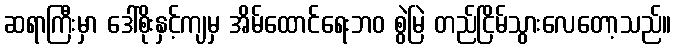
ဆရာကြီးမှာ ဒေါ်စိုးနှင့်ကျမှ အိမ်ထောင်ရေးဘဝ စွဲမြဲ တည်ငြိမ်သွားလေတော့သည်။